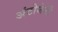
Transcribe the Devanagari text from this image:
अंटोजेनी